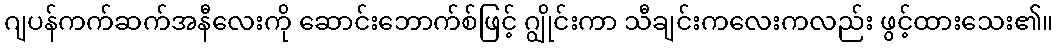
ဂျပန်ကက်ဆက်အနီလေးကို ဆောင်းဘောက်စ်ဖြင့် ဂျွိုင်းကာ သီချင်းကလေးကလည်း ဖွင့်ထားသေး၏။